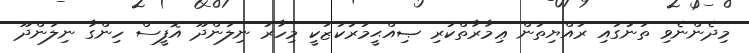
މިދެންނެވި ތަނުގައި ރައްޔިތުން ޢިމާރާތްކުރި ޞިއްޙީމަރުކަޒަކީ މިހާރު ނިލަންދޫ އޮފީސް ހިންގާ ނިލަންދޫ